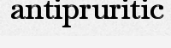
antipruritic